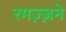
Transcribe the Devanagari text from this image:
रमज़्ज़ने